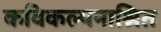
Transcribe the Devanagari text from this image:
कविकल्पनाश्रित